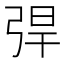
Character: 𢏥